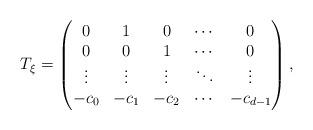
LaTeX: \begin{align*}T_{\xi}=\begin{pmatrix} 0&1&0&\cdots&0 \\ 0&0&1&\cdots&0 \\\vdots &\vdots &\vdots & \ddots &\vdots \\-c_0&-c_1&-c_2&\cdots&-c_{d-1} \end{pmatrix},\end{align*}